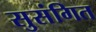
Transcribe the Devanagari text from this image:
सुसंगित